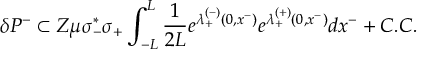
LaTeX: \delta P ^ { - } \subset Z \mu \sigma _ { - } ^ { * } \sigma _ { + } \int _ { - L } ^ { L } { \frac { 1 } { 2 L } } e ^ { \lambda _ { + } ^ { ( - ) } ( 0 , x ^ { - } ) } e ^ { \lambda _ { + } ^ { ( + ) } ( 0 , x ^ { - } ) } d x ^ { - } + C . C .